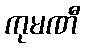
ကုမဏီ